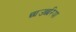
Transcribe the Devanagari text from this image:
छाउछरिया